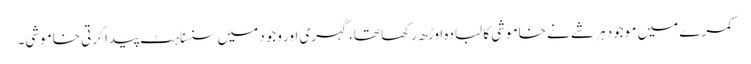
کمرے میں موجود ہر شے نے خاموشی کا لبادہ اوڑھ رکھا تھا، گہری اور وجود میں سنسناہٹ پیدا کرتی خاموشی۔